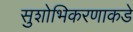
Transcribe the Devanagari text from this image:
सुशोभिकरणाकडे